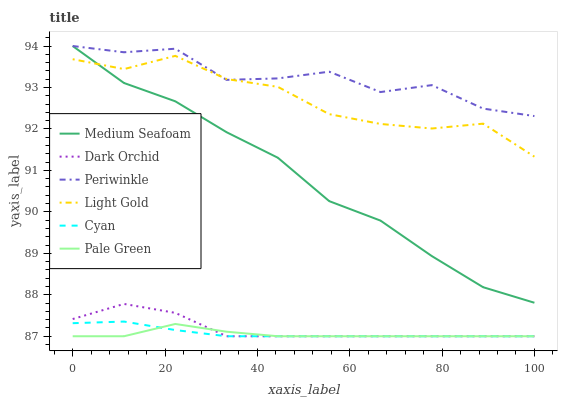
| xaxis_label | Medium Seafoam | Dark Orchid | Periwinkle | Light Gold | Cyan | Pale Green |
 | --- | --- | --- | --- | --- | --- | --- |
 | 0 | 94 | 87.4 | 94 | 93.7 | 87.3 | 87 |
 | 11.1 | 93.1 | 87.8 | 93.8 | 93.4 | 87.4 | 87 |
 | 22.2 | 92.7 | 87.6 | 93.9 | 93.8 | 87.1 | 87.3 |
 | 33.3 | 91.9 | 87 | 93.2 | 93.2 | 87 | 87.1 |
 | 44.4 | 91.3 | 87 | 93.2 | 93 | 87 | 87 |
 | 55.6 | 90.3 | 87 | 93.4 | 92.4 | 87 | 87 |
 | 66.7 | 89.8 | 87 | 92.9 | 92.1 | 87 | 87 |
 | 77.8 | 88.9 | 87 | 93.1 | 92 | 87 | 87 |
 | 88.9 | 88.2 | 87 | 92.5 | 92.1 | 87 | 87 |
 | 100 | 87.8 | 87 | 92.3 | 91.3 | 87 | 87 |